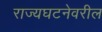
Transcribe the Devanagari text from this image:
राज्यघटनेवरील